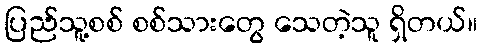
ပြည်သူ့စစ် စစ်သားတွေ သေတဲ့သူ ရှိတယ်။